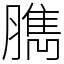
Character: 臇